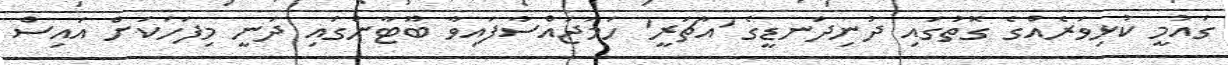
ގައުމީ ކުޅިވަރެއްގެ ގޮތުގައި ދުނިދަނޑީގެ 'އާޗަރީ' ހަމަޖައްސާފައިވާ ބޫޓާންގައި ދަނީ މިފަހަކަށް އައިސް